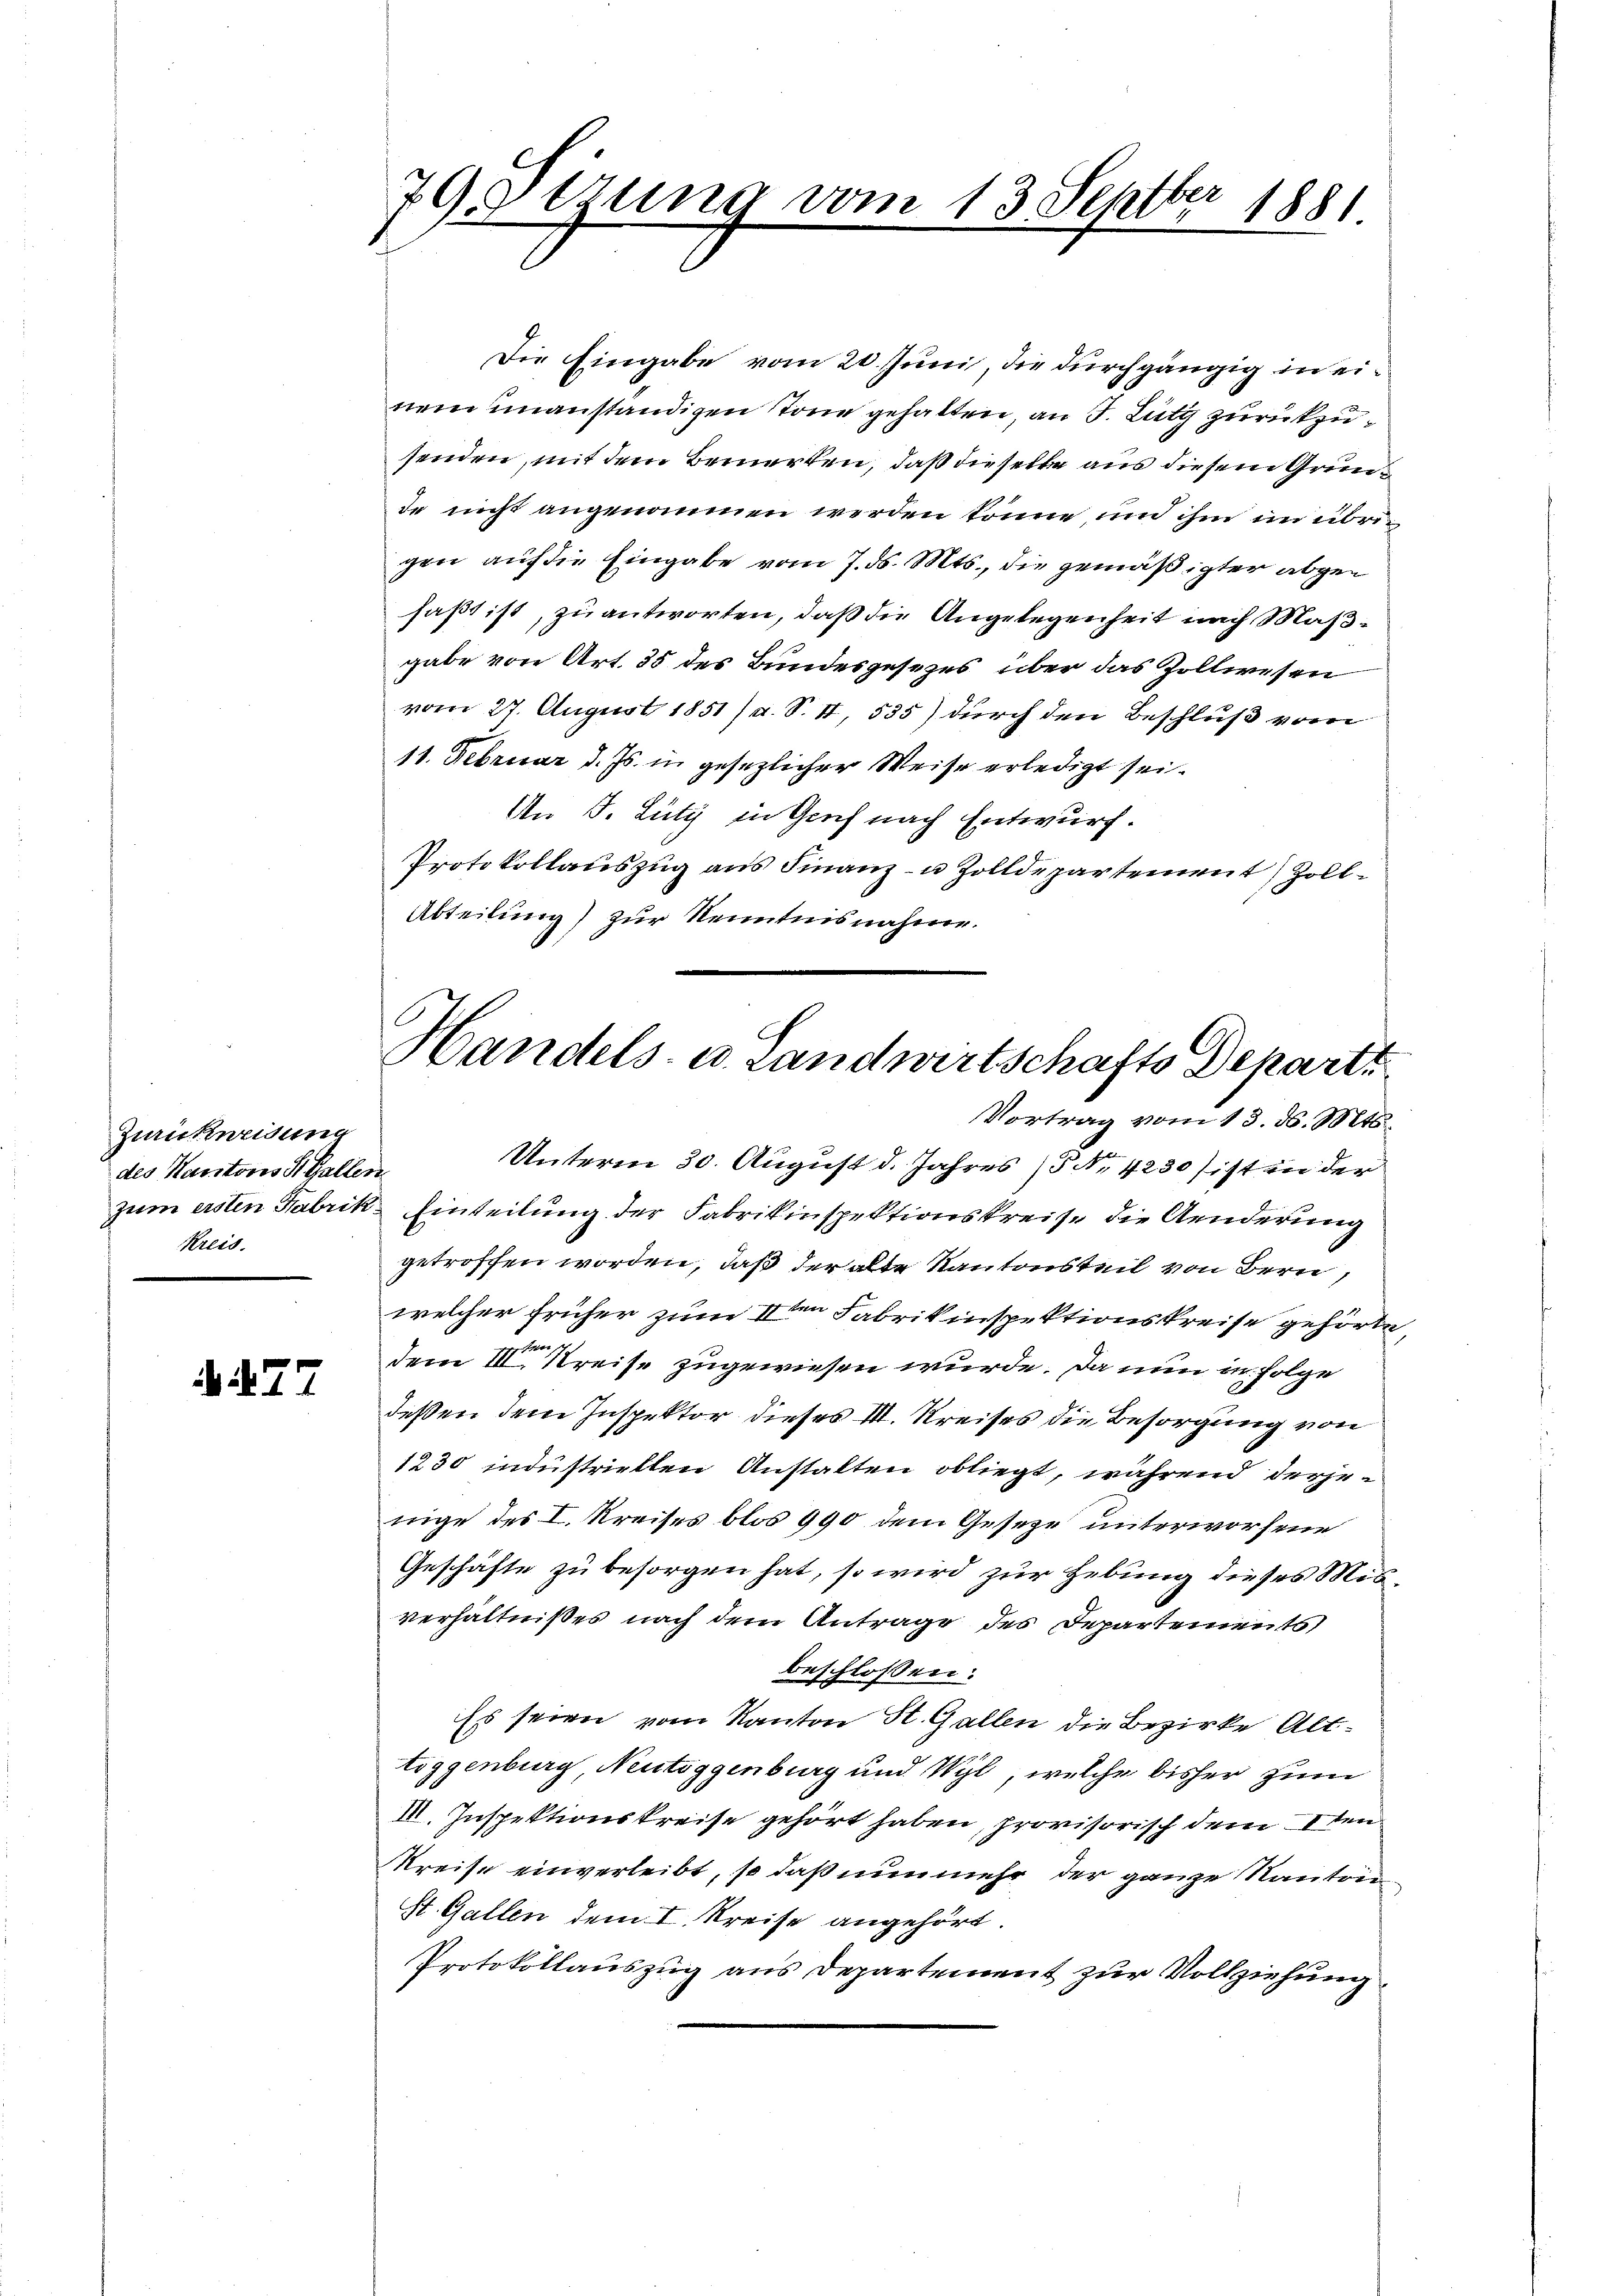
Zurickweisung
des Kantons St. Gallen
Kreis.

77

79 Serung vom 13. Septber 1881

Die Eingabe vom 20. Juni, die durchgängig in einem unanständigen Tone gehalten, an J. Lutz zurückzusenden, mit dem Bemerken, daß dieselbe aus diesem Grunde nicht angenommen werden könne, und ihm im übrigen auf die Eingabe vom 7. ds. Mts., die gemäßigter abgen
faßt ist, zu antworten, daß die Angelegenheit nach Maßgabe von Art. 35 des Bundesgesezes über das Zollwesen
vom 27. August 1851 / a. S. II, 535) durch den Beschluß vom
11. Februar d. Js. in gesezlicher Weise erledigt sei.
An F. Lütz in Genf nach Entwurf.
Protokollauszug aus Finanz- u Zolldepartement) Zoll¬
Abteilung) zur Kenntnisnahme.

Handels- u. Landwirtschafts Departi
Vortrag vom 13. ds. Mts.

Unterm 30. August d. Jahres (§ No. 4230 ist in der
zum ersten Fabrik Einteilung der Fabrikinspektionskreise die Aenderung
getroffen worden, daß der alte Kantonsteil von Bern,
welcher früher zum 11ten Fabrikinspektionskreise gehörte,
dem III. Kreise zugewiesen wurde. Da nun in Folge
deßen dem Inspektor dieses III. Kreises die Besorgung von
1230 industriellen Anstalten obliegt, während derjenige des I. Kreises blos 990 dem Geseze unterworfene
Geschäfte zu besorgen hat, so wird zur Hebung dieses Misverhältnißes nach dem Antrage des Departement
beschlossen:
Es seien vom Kanton St. Gallen die Bezirke Alttiggenburg Neutoggenburg und Wyl, welche bisher zum
III. Inspektionskreise gehört haben, provisorisch dem 1ten
Kreise einverleibt, so daß nun mehr der ganze Rautre
St. Gallen dem I. Kreise angehört.
Protokollauszug aus Departement zur Vollziehung